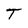
Character: T